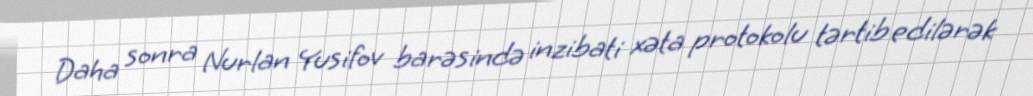
Daha sonra Nurlan Yusifov barəsində inzibati xəta protokolu tərtib edilərək